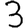
Digit: 3